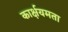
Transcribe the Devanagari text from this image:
कार्क्षयमता